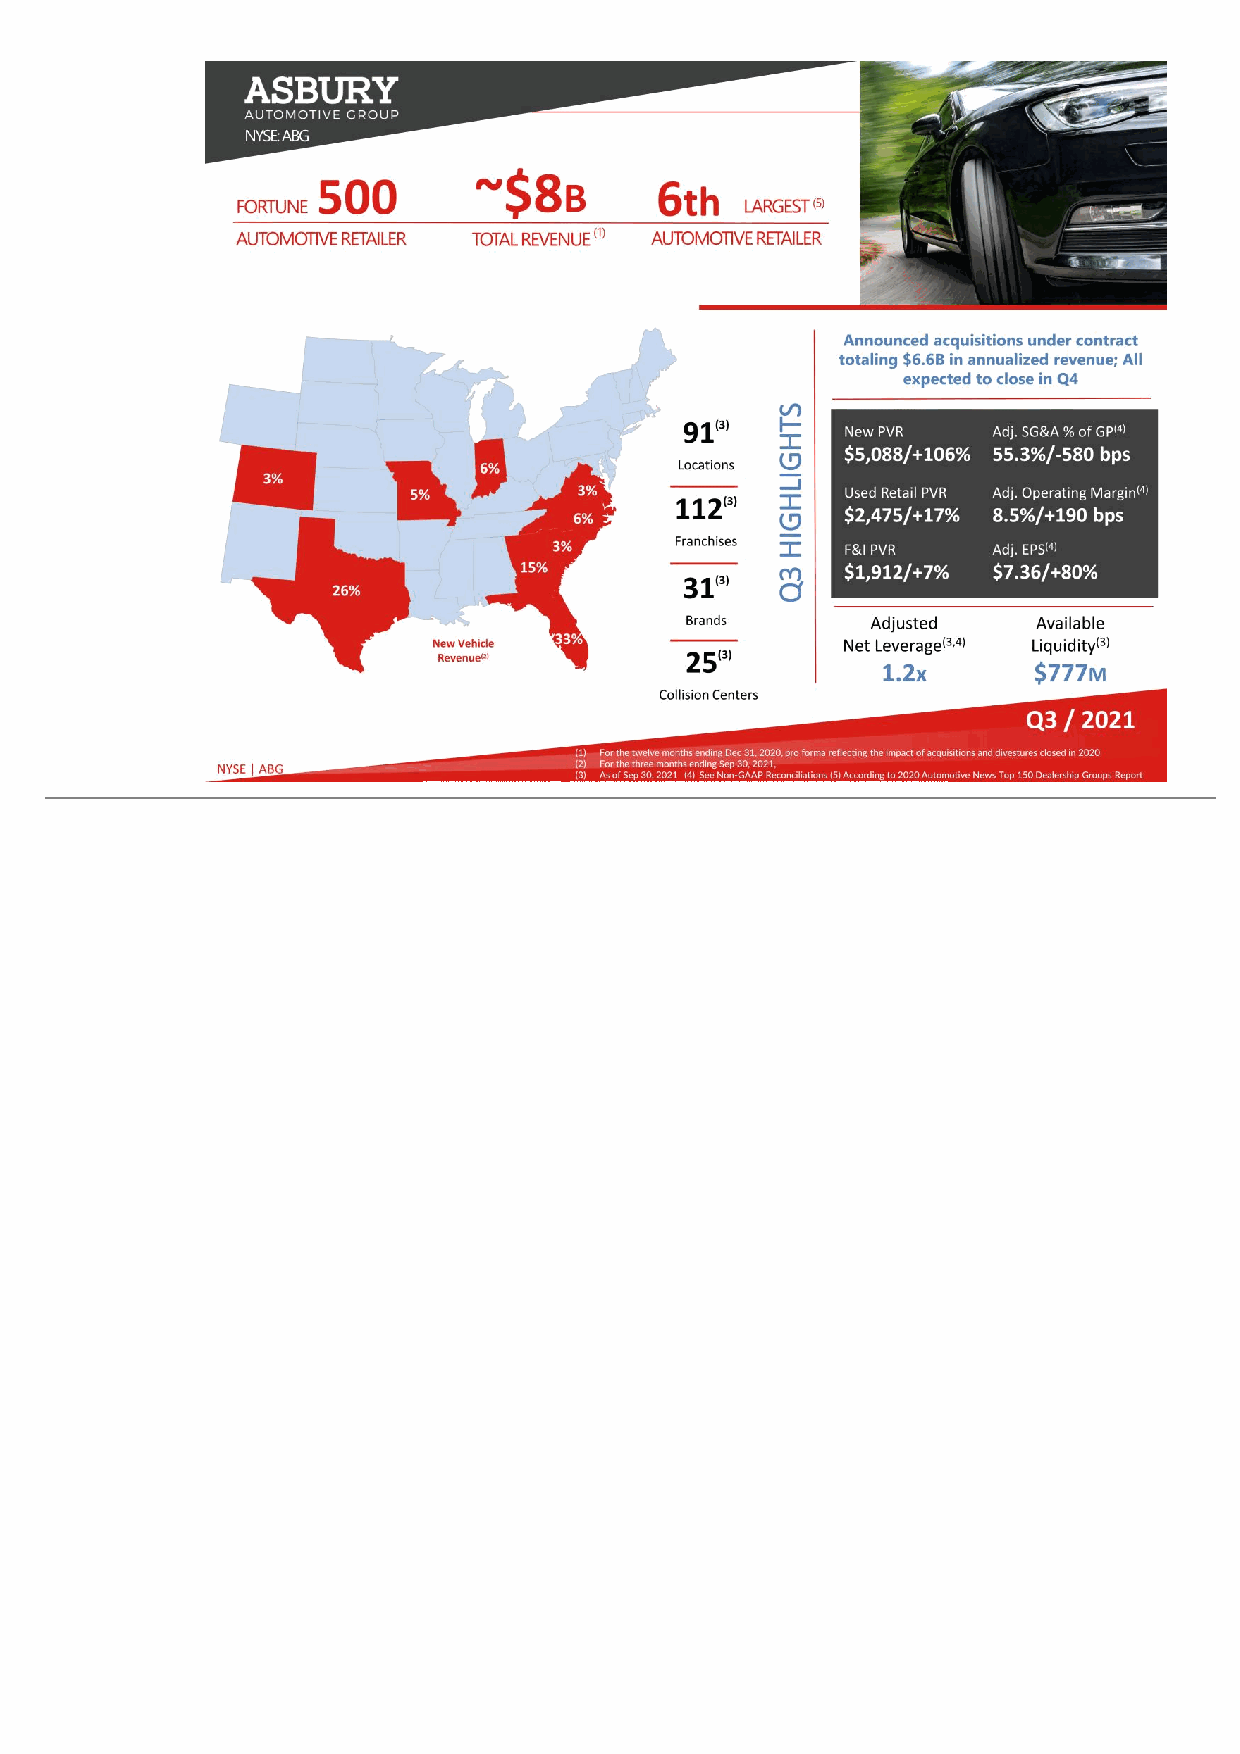
4 © Asbury Automotive Group 2021. All rights reserved.NYSE | ABG FORTUNE AUTOMOTIVE RETAILER 500 Q3 / 2021 26% 3% 5% 33% 15% 3% 6% 3% 6% 91(3) Locations 112(3) Franchises 31(3) Brands ~$8B TOTAL REVENUE (1) New Vehicle Revenue(2) Q 3 H IG H LI G H TS New PVR $5,088/+106% Used Retail PVR $2,475/+17% Adj. Operating Margin(4) 8.5%/+190 bps Adj. SG&A % of GP(4) 55.3%/-580 bps LARGEST (5) AUTOMOTIVE RETAILER 6th Announced acquisitions under contract totaling $6.6B in annualized revenue; All expected to close in Q4 (1) For the twelve months ending Dec 31, 2020, pro forma reflecting the impact of acquisitions and divestures closed in 2020 (2) For the three months ending Sep 30, 2021, (3) As of Sep 30, 2021 (4) See Non-GAAP Reconciliations (5) According to 2020 Automotive News Top 150 Dealership Groups Report Adjusted Net Leverage(3,4) 1.2x Available Liquidity(3) $777M NYSE: ABG Adj. EPS(4) $7.36/+80% F&I PVR $1,912/+7% 25(3) Collision Centers